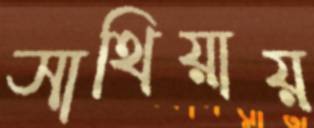
সাথিয়ায়